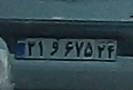
۳۱و۶۷۵۲۴